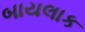
બાયલાક